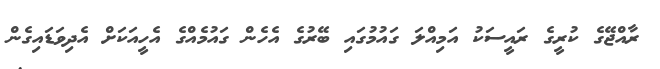
ރާއްޖޭގެ ކުރީގެ ރައީސަކު އަމިއްލަ ގައުމުގައި ބޭރުގެ އެހެން ގައުމެއްގެ އެހީއަކަށް އެދިވަޑައިގެން